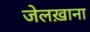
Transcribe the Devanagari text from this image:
जेलख़ाना